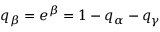
q _ { \beta } = e ^ { \beta } = 1 - q _ { \alpha } - q _ { \gamma }